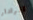
الرادار